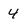
Character: 4